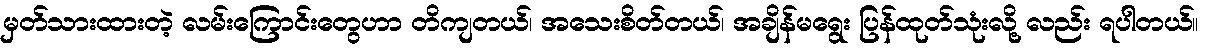
မှတ်သားထားတဲ့ လမ်းကြောင်းတွေဟာ တိကျတယ်၊ အသေးစိတ်တယ်၊ အချိန်မရွေး ပြန်ထုတ်သုံးလို့ လည်း ရပါတယ်။